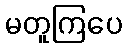
မတူကြပေ